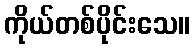
ကိုယ်တစ်ပိုင်းသေ။